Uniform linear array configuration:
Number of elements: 12
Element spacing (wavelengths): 0.5
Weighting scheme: hann
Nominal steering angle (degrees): -45
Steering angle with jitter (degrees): -46.988
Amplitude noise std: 0.05
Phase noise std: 0.05

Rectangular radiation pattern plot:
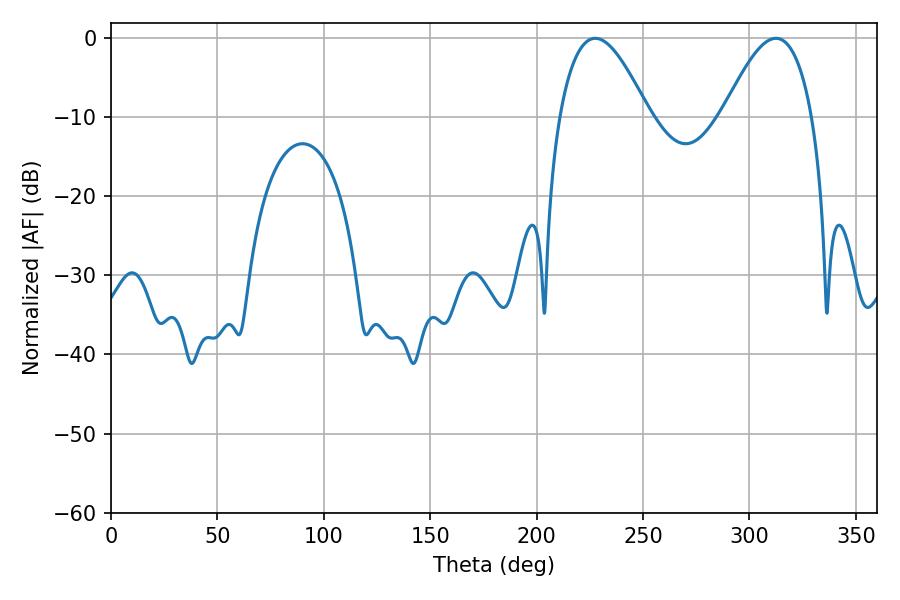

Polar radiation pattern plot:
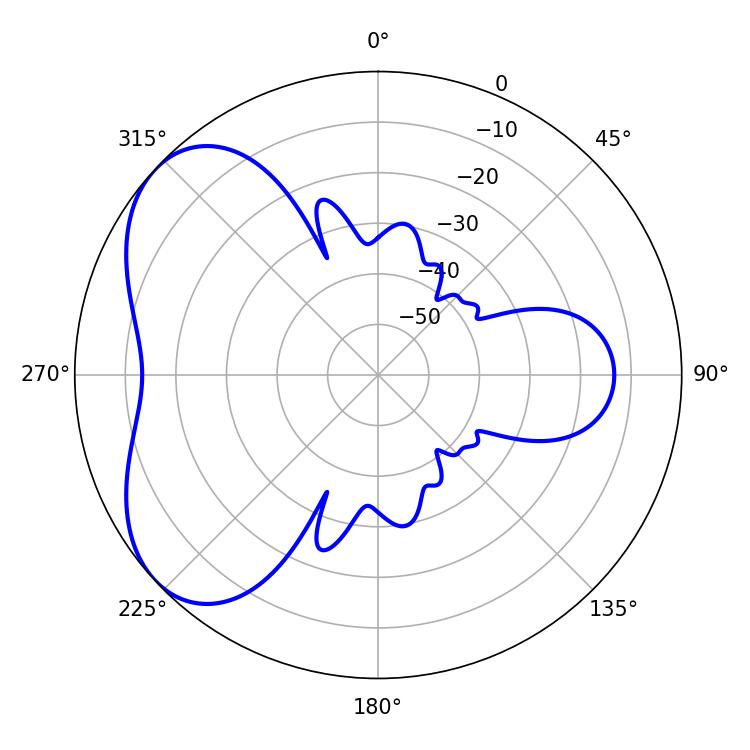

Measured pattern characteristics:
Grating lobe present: FALSE
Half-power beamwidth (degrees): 22.68
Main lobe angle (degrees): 227.52